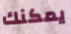
يمكنك